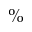
\%